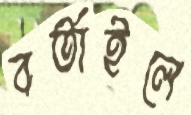
বর্তাইলে